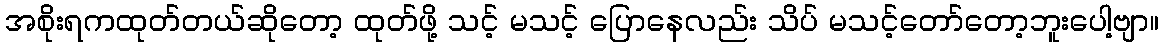
အစိုးရကထုတ်တယ်ဆိုတော့ ထုတ်ဖို့ သင့် မသင့် ပြောနေလည်း သိပ် မသင့်တော်တော့ဘူးပေါ့ဗျာ။